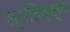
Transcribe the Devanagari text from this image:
स्मतिवृक्ष